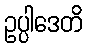
ဥပ္ပါဒေတိ